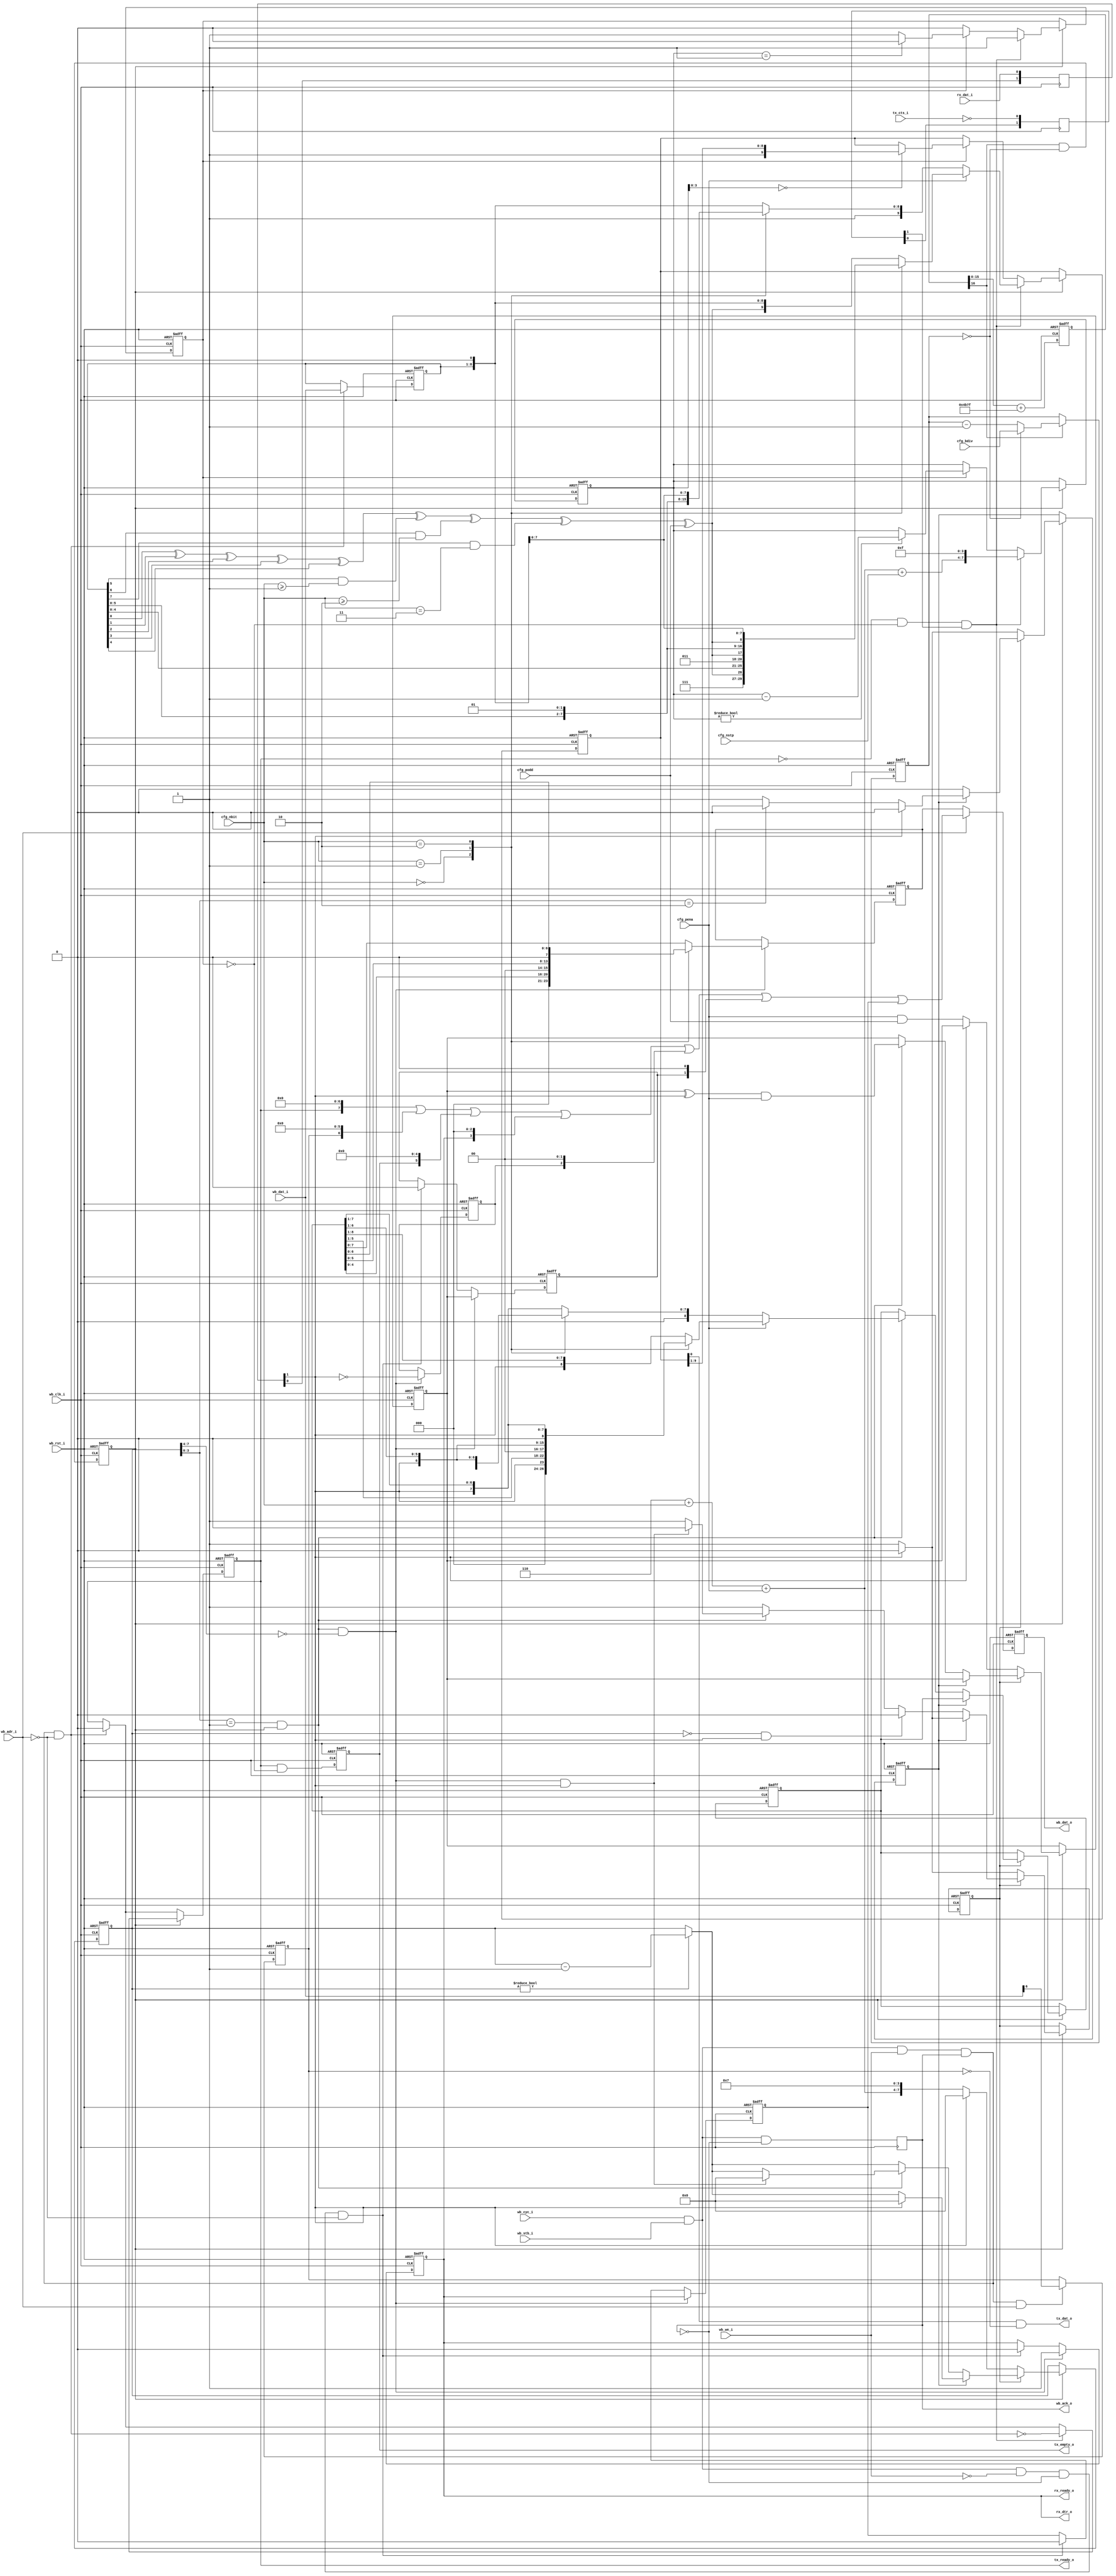
//
// Copyright (c) 2014-2015 by 1801BM1@gmail.com
//
// Universal Serial Asynchronous Receiver-Transmitter (simplified 8251)
//______________________________________________________________________________
//
module uart_wb #(parameter REFCLK=50000000)
(
   input             wb_clk_i,   // system clock
   input             wb_rst_i,   // peripheral reset
                                 //
   input  [0:0]      wb_adr_i,   //
   input  [7:0]      wb_dat_i,   //
   output reg [7:0]  wb_dat_o,   //
   input             wb_cyc_i,   //
   input             wb_we_i,    //
   input             wb_stb_i,   //
   output reg        wb_ack_o,   //
                                 //
   output            tx_dat_o,   // output serial data (txd)
   input             tx_cts_i,   // enable transmitter (rts)
   input             rx_dat_i,   // input serial data (rxd)
   output            rx_dtr_o,   // receiver ready (cts)
                                 //
   output            tx_ready_o, // tx ready request
   output            tx_empty_o, // tx empty request
   output            rx_ready_o, // rx ready request
                                 //
   input [15:0]      cfg_bdiv,   // baudrate divisor: (921600/baud)-1
   input [1:0]       cfg_nbit,   // word length: 00-5, 01-6, 10-7, 11-8 bit
   input             cfg_nstp,   // tx stop bits: 0 - 1 stop, 1 - 2 stop
   input             cfg_pena,   // parity control enable
   input             cfg_podd    // odd parity (complete to odd ones)
);

wire  [63:0]   add_arg;
reg   [16:0]   add_reg;
reg   [15:0]   baud_div;
reg            baud_x16;
wire           baud_ref;

reg   [1:0]    tx_cts_reg;
reg   [1:0]    rx_dat_reg;

wire           csr_wstb;
wire           rbr_rstb;
wire           thr_wstb;

wire           tx_par;
reg   [7:0]    tx_thr;
reg   [9:0]    tx_shr;
reg   [7:0]    tx_bcnt;
reg            tx_busy;
reg            tx_ready, tx_empty, tx_break;

wire           rx_dat;
reg   [7:0]    rx_rbr;
reg   [8:0]    rx_shr;
reg   [7:0]    rx_bcnt;
reg            rx_ready, rx_perr, rx_ovf, rx_break;
wire           rx_load, rx_stb;
reg            rx_frame, rx_start, rx_par;

//______________________________________________________________________________
//
// Caution note: the arithmetic expressions should be calculated in 64-bit width
//
assign   add_arg = (64'h0000000000100000 * 64'd921600)/REFCLK;
assign   baud_ref = add_reg[16];
//
// Phase accumulator to generate 921600 * 16 Hz reference clock strobe
//
always @(posedge wb_clk_i or posedge wb_rst_i)
begin
   if (wb_rst_i)
      add_reg <= 17'h00000;
   else
   begin
      add_reg <= {1'b0, add_reg[15:0]} + add_arg[16:0];
   end
end
//
// Baud rate x16 generator
//
always @(posedge wb_clk_i or posedge wb_rst_i)
begin
   if (wb_rst_i)
   begin
      baud_div <= 16'h0000;
      baud_x16 <= 1'b0;
   end
   else
   begin
      if (baud_ref)
         if (baud_div == 16'h0000)
            baud_div <= cfg_bdiv;
         else
            baud_div <= baud_div - 16'h0001;

      baud_x16 <= baud_ref & (baud_div == 16'h0000);
   end

end

//______________________________________________________________________________
//
assign csr_wstb = wb_cyc_i & wb_stb_i &  wb_we_i &  wb_ack_o &  wb_adr_i[0];
assign thr_wstb = wb_cyc_i & wb_stb_i &  wb_we_i &  wb_ack_o & ~wb_adr_i[0];
assign rbr_rstb = wb_cyc_i & wb_stb_i & ~wb_we_i & ~wb_ack_o & ~wb_adr_i[0];
//
// Output data multiplexed register
//
always @(posedge wb_clk_i or posedge wb_rst_i)
begin
   if (wb_rst_i)
      wb_dat_o <= 8'h00;
   else
//
//    if (wb_cyc_i & wb_stb_i & ~wb_ack_o)
//
         begin
            if (wb_adr_i[0])
               wb_dat_o <= (tx_ready << 7)
                        | (tx_break << 6)
                        | (tx_empty << 5)
                        | (rx_ready << 3)
                        | (rx_break << 2)
                        | (rx_perr << 1)
                        | (rx_ovf  << 0);
            else
               wb_dat_o <= rx_rbr;
         end
end

always @(posedge wb_clk_i)
   wb_ack_o <= wb_cyc_i & wb_stb_i & ~wb_ack_o;

//
// Control register bits
//
always @(posedge wb_clk_i or posedge wb_rst_i)
begin
   if (wb_rst_i)
      tx_break <= 1'b0;
   else
      if (csr_wstb) tx_break <= wb_dat_i[6];
end

//______________________________________________________________________________
//
// Interrupts
//
assign tx_ready_o = tx_ready;
assign tx_empty_o = tx_empty;
assign rx_ready_o = rx_ready;

//______________________________________________________________________________
//
// Metastability issues
//
always @(posedge wb_clk_i)
begin
   tx_cts_reg[0] <= ~tx_cts_i;
   tx_cts_reg[1] <= tx_cts_reg[0];

   rx_dat_reg[0] <= rx_dat_i;
   rx_dat_reg[1] <= rx_dat_reg[0];
end

//______________________________________________________________________________
//
// Transmitter unit
//
assign tx_par = tx_thr[0] ^ tx_thr[1] ^ tx_thr[2] ^ tx_thr[3] ^ tx_thr[4]
              ^ (tx_thr[5] & (cfg_nbit >= 2'b01))
              ^ (tx_thr[6] & (cfg_nbit >= 2'b10))
              ^ (tx_thr[7] & (cfg_nbit == 2'b11))
              ^ cfg_podd;
assign tx_dat_o = tx_shr[0] & ~tx_break;

always @(posedge wb_clk_i or posedge wb_rst_i)
begin
   if (wb_rst_i)
   begin
      tx_ready <= 1'b1;
      tx_empty <= 1'b1;
      tx_shr  <= 10'o1777;
      tx_busy <= 1'b0;
      tx_bcnt <= 8'b00000000;
      tx_thr  <= 8'b00000000;
   end
   else
   begin
      tx_empty <= tx_ready & ~tx_busy;
      //
      // Transmitter hold register write
      //
      if (thr_wstb)
      begin
         tx_ready <= 1'b0;
         tx_thr <= wb_dat_i[7:0];
      end

      if (baud_x16)
      begin
         //
         // Transmit process
         //
         if (tx_busy)
         begin
            if (tx_bcnt == 8'b00000001)
               tx_busy <= 1'b0;

            if (tx_bcnt != 8'b00000000)
               tx_bcnt <= tx_bcnt - 8'b00000001;

            if (tx_bcnt[3:0] == 4'b0000)
               tx_shr  <= {1'b1, tx_shr[9:1]};
         end

         //
         // Starting new word transmit
         //
         if (~tx_ready & ~tx_busy & tx_cts_reg[1])
         begin
            tx_busy    <= 1'b1;
            tx_ready   <= ~thr_wstb;
            tx_bcnt    <= {4'b0110 + {2'b00, cfg_nbit} + {3'b000, cfg_pena} + {3'b000, cfg_nstp}, 4'b1111};

            if (cfg_pena)
               case(cfg_nbit)
                  2'b00:   tx_shr <= {3'b111, tx_par, tx_thr[4:0], 1'b0};
                  2'b01:   tx_shr <= {2'b11,  tx_par, tx_thr[5:0], 1'b0};
                  2'b10:   tx_shr <= {1'b1,   tx_par, tx_thr[6:0], 1'b0};
                  default: tx_shr <= {        tx_par, tx_thr[7:0], 1'b0};
               endcase
            else
               case(cfg_nbit)
                  2'b00:   tx_shr <= {4'b1111, tx_thr[4:0], 1'b0};
                  2'b01:   tx_shr <= {3'b111,  tx_thr[5:0], 1'b0};
                  2'b10:   tx_shr <= {2'b11,   tx_thr[6:0], 1'b0};
                  default: tx_shr <= {1'b1,    tx_thr[7:0], 1'b0};
               endcase
         end
      end
   end
end

//______________________________________________________________________________
//
// Receiver unit
//
assign rx_dtr_o = rx_ready;
assign rx_dat   = rx_dat_reg[1];

assign rx_load = rx_stb & (rx_bcnt[7:4] == 4'b0000);
assign rx_stb  = (rx_bcnt[3:0] == 4'b0001) & baud_x16;

always @(posedge wb_clk_i or posedge wb_rst_i)
begin
   if (wb_rst_i)
   begin
      rx_ready <= 1'b0;
      rx_break <= 1'b0;
      rx_perr  <= 1'b0;
      rx_ovf   <= 1'b0;
      rx_frame <= 1'b0;
      rx_start <= 1'b0;
      rx_par   <= 1'b0;
      rx_rbr  <= 8'b00000000;
      rx_shr  <= 9'b00000000;
      rx_bcnt <= 8'b00000000;
   end
   else
   begin
      if (rx_load)
      begin
         rx_ready  <= 1'b1;
         case(cfg_nbit)
            2'b00:   rx_rbr <= {3'b000, rx_shr[4:0]};
            2'b01:   rx_rbr <= {2'b00, rx_shr[5:0]};
            2'b10:   rx_rbr <= {1'b0, rx_shr[6:0]};
            default: rx_rbr <= rx_shr[7:0];
         endcase
         rx_perr  <= rx_par;
         rx_ovf   <= rx_ready;
         rx_break <= ~rx_dat;
      end
      else
         if (rbr_rstb)
         begin
            rx_ready <= 1'b0;
            rx_perr  <= 1'b0;
            rx_ovf   <= 1'b0;
         end

      if (baud_x16)
      begin
         if (~rx_frame)
            //
            // Waiting for start bit
            //
            if (~rx_dat)
            begin
               rx_par   <= cfg_pena & cfg_podd;
               rx_start <= 1'b1;
               rx_frame <= 1'b1;
               rx_bcnt  <= {4'b0110 + {2'b00, cfg_nbit} + {3'b000, cfg_pena}, 4'b0111};
            end
            else
            begin
               rx_start <= 1'b0;
               rx_bcnt  <= 8'b00000000;
            end
         else
         begin
            //
            // Receiving frame
            //
            if (rx_bcnt != 8'b00000000)
               rx_bcnt <= rx_bcnt - 8'b00000001;
            //
            // Start bit monitoring
            //
            if (rx_start)
            begin
               if (rx_dat)
               begin
                  //
                  // Spurrious start bit
                  //
                  rx_start <= 1'b0;
                  rx_frame <= 1'b0;
                  rx_bcnt  <= 8'b00000000;
               end
               else
                  if (rx_bcnt[3:0] == 4'b0010)
                     rx_start <= 1'b0;
            end
            else
            begin
               //
               // Receiving data
               //
               if (rx_stb)
               begin
                  rx_par <= (rx_par ^ rx_dat) & cfg_pena;
                  if (cfg_pena)
                     case(cfg_nbit)
                        2'b00:   rx_shr <= {3'b000, rx_dat, rx_shr[5:1]};
                        2'b01:   rx_shr <= {2'b00, rx_dat, rx_shr[6:1]};
                        2'b10:   rx_shr <= {1'b0, rx_dat, rx_shr[7:1]};
                        default: rx_shr <= {rx_dat, rx_shr[8:1]};
                     endcase
                  else
                     case(cfg_nbit)
                        2'b00:   rx_shr <= {4'b0000, rx_dat, rx_shr[4:1]};
                        2'b01:   rx_shr <= {3'b000, rx_dat, rx_shr[5:1]};
                        2'b10:   rx_shr <= {2'b00, rx_dat, rx_shr[6:1]};
                        default: rx_shr <= {1'b0, rx_dat, rx_shr[7:1]};
                     endcase
                  if (rx_load & rx_dat)
                  begin
                     //
                     // Stop bit detected
                     //
                     rx_frame <= 1'b0;
                     rx_bcnt  <= 8'b00000000;
                  end
               end
               if ((rx_bcnt == 8'b00000000) & rx_dat)
                  rx_frame <= 1'b0;
            end
         end
      end
   end
end
endmodule